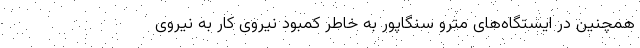
همچنین در ایستگاه‌های مترو سنگاپور به خاطر کمبود نیروی کار به نیروی